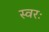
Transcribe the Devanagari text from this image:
स्वरः